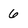
Character: 6